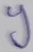
Text: y